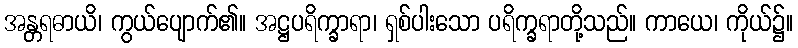
အန္တရဓာယိ၊ ကွယ်ပျောက်၏။ အဋ္ဌပရိက္ခာရာ၊ ရှစ်ပါးသော ပရိက္ခရာတို့သည်။ ကာယေ၊ ကိုယ်၌။